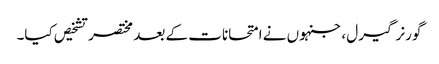
گورنر گیرل ، جنہوں نے امتحانات کے بعد مختصر تشخیص کیا۔